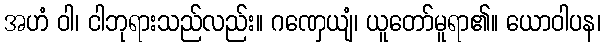
အဟံ ဝါ၊ ငါဘုရားသည်လည်း။ ဂဏှေယျံ၊ ယူတော်မူရာ၏။ ယောဝါပန၊